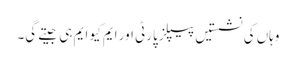
وہاں کی نشستیں پیپلز پارٹی اور ایم کیو ایم ہی جیتے گی۔